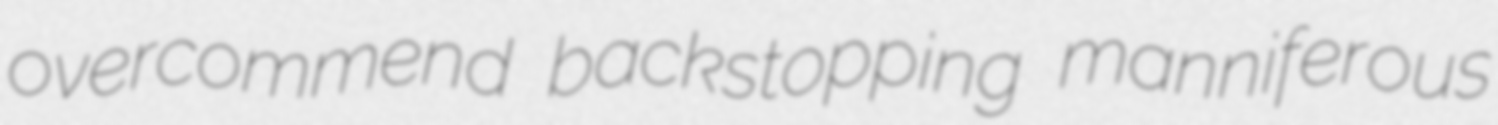
overcommend backstopping manniferous